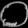
Digit: ၀